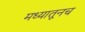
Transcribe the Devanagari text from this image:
मध्यातूनच